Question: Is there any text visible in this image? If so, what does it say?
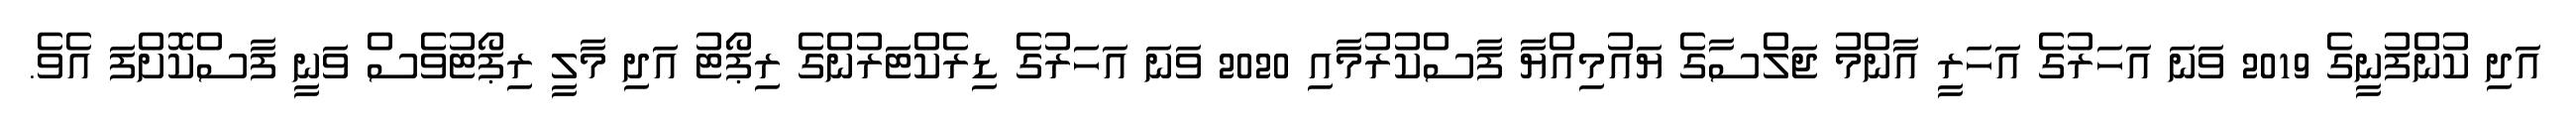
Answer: އަދި ކުންފުނީގެ 2019 ވަނަ އަހަރުގެ އަހަރީ އާންމު ޖަލްސާގެ ޔައުމިއްޔާ ފާސްކުރުމާއި 2020 ވަނަ އަހަރުގެ ޑިރެކްޓަރުންގެ ރިޕޯޓު އަދި މާލީ ރިޕޯޓުވެސް ވަނީ ފާސްކޮށްފަ އެވެ.